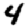
Digit: 4